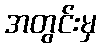
အတွင်းမှ